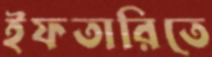
ইফতারিতে